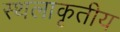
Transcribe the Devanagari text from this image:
स्थलाकृतीय